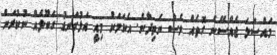
މައްސަލަ ޖެއްސޭނެ ގޮތެއް ވެސް ނެތިދާނެ. އެކަމަކު މިއީ އަޅުގަނޑު ގަބޫލެއް ނުކުރަން